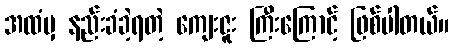
အထံမှ နည်းခံခဲ့ရတဲ့ ကျေးဇူး ကြီးကြောင့် ဖြစ်ပါတယ်။